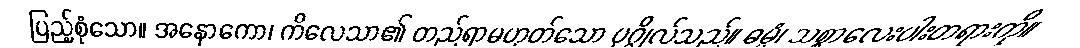
ပြည့်စုံသော။ အနောကော၊ ကိလေသာ၏ တည်ရာမဟုတ်သော ပုဂ္ဂိုလ်သည်။ ဓမ္မံ၊ သစ္စာလေးပါးတရားကို။